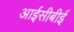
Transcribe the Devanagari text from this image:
आईसीबीई